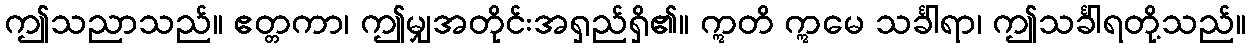
ဤသညာသည်။ ဧတ္တကာ၊ ဤမျှအတိုင်းအရှည်ရှိ၏။ ဣတိ ဣမေ သင်္ခါရာ၊ ဤသင်္ခါရတို့သည်။